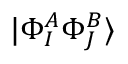
| \Phi _ { I } ^ { A } \Phi _ { J } ^ { B } \rangle